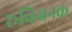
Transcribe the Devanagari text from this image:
रूचिजनक